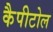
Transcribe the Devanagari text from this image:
कैपीटोल